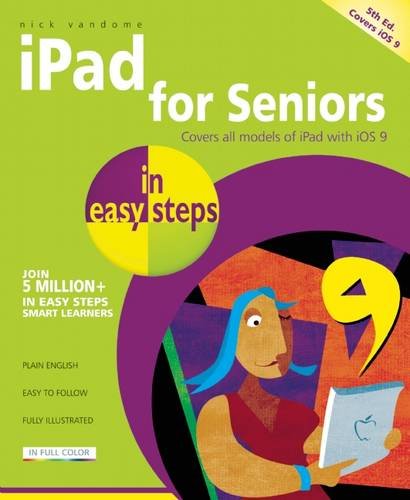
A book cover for iPad for Seniors in Easy Steps: Covers iOS 9; Nick Vandome; Computers & Technology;